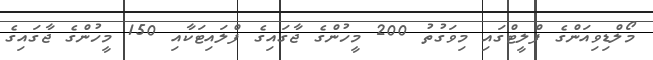
މޯލްޑިވިއަންގެ ފްލީޓްގައި މިވަގުތު 200 މީހުންގެ ޖާގައިގެ ފްލައިޓަކާއި 150 މީހުންގެ ޖާގައިގެ